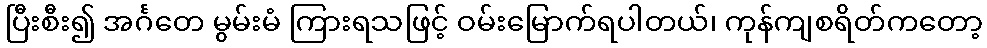
ပြီးစီး၍ အင်္ဂတေ မွမ်းမံ ကြားရသဖြင့် ဝမ်းမြောက်ရပါတယ်၊ ကုန်ကျစရိတ်ကတော့